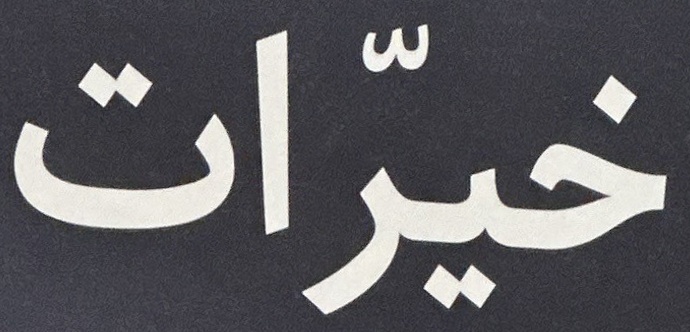
خیرات